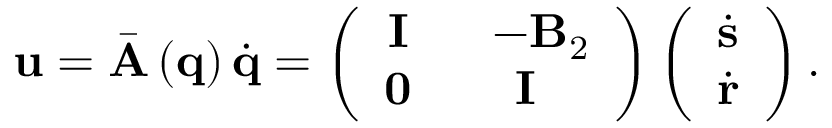
\mathbf { u } = \bar { \mathbf { A } } \left( \mathbf { q } \right) \dot { \mathbf { q } } = \left( \begin{array} { c c } { \mathbf { I } } & { \ \ - \mathbf { B } _ { 2 } } \\ { \mathbf { 0 } } & { \mathbf { I } } \end{array} \right) \left( \begin{array} { c } { \dot { \mathbf { s } } } \\ { \dot { \mathbf { r } } } \end{array} \right) .